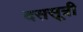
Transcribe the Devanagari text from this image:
दससूत्री